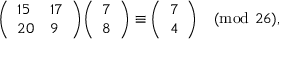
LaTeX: { \left( \begin{array} { l l } { 1 5 } & { 1 7 } \\ { 2 0 } & { 9 } \end{array} \right) } { \left( \begin{array} { l } { 7 } \\ { 8 } \end{array} \right) } \equiv { \left( \begin{array} { l } { 7 } \\ { 4 } \end{array} \right) } { \pmod { 2 6 } } ,